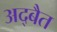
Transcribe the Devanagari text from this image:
अद्बैत